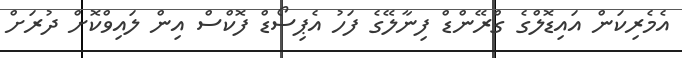
އެމެރިކަން އައިޑޮލްގެ ގްރޭންޑް ފިނާލޭގެ ފަހު އެޕިސޯޑް ފޮކްސް އިން ލައިވްކޮށް ދުރަށް